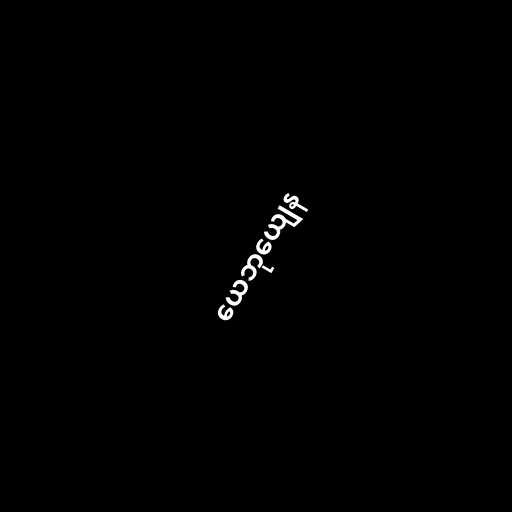
ယေဘုယျေန